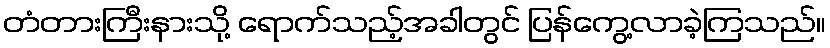
တံတားကြီးနားသို့ ရောက်သည့်အခါတွင် ပြန်ကွေ့လာခဲ့ကြသည်။